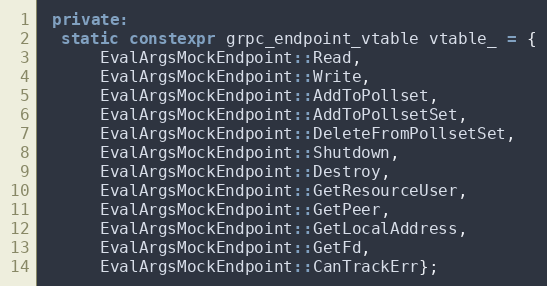
Language: C++
 private:
  static constexpr grpc_endpoint_vtable vtable_ = {
      EvalArgsMockEndpoint::Read,
      EvalArgsMockEndpoint::Write,
      EvalArgsMockEndpoint::AddToPollset,
      EvalArgsMockEndpoint::AddToPollsetSet,
      EvalArgsMockEndpoint::DeleteFromPollsetSet,
      EvalArgsMockEndpoint::Shutdown,
      EvalArgsMockEndpoint::Destroy,
      EvalArgsMockEndpoint::GetResourceUser,
      EvalArgsMockEndpoint::GetPeer,
      EvalArgsMockEndpoint::GetLocalAddress,
      EvalArgsMockEndpoint::GetFd,
      EvalArgsMockEndpoint::CanTrackErr};